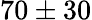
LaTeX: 70\pm 30